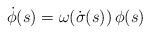
LaTeX: \begin{align*}\dot{\phi}(s)= \omega( \dot{\sigma}(s) ) \, \phi(s)\end{align*}